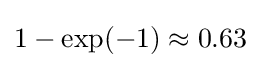
1-\exp(-1)\approx 0.63